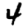
Digit: 4